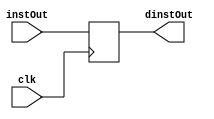
`timescale 1ns / 1ps
//////////////////////////////////////////////////////////////////////////////////
// Company: 
// Engineer: 
// 
// Design Name: 
// Module Name: IFIDPipeReg
// Project Name: 
// Target Devices: 
// Tool Versions: 
// Description: 
// 
// Dependencies: 
// 
// Revision:
// Revision 0.01 - File Created
// Additional Comments:
// 
//////////////////////////////////////////////////////////////////////////////////


module IFIDPipeReg(instOut, clk, dinstOut);
    input [31:0] instOut;
    input clk;
    output reg [31:0] dinstOut;
    
    always @(posedge clk) begin
        dinstOut <= instOut;
    end
endmodule